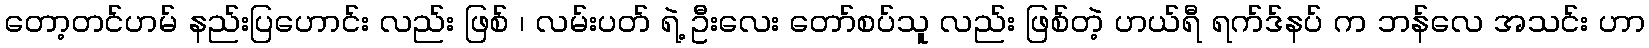
တော့တင်ဟမ် နည်းပြဟောင်း လည်း ဖြစ် ၊ လမ်းပတ် ရဲ့ ဦးလေး တော်စပ်သူ လည်း ဖြစ်တဲ့ ဟယ်ရီ ရက်ဒ်နပ် က ဘန်လေ အသင်း ဟာ